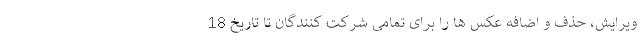
ویرایش، حذف و اضافه عکس ها را برای تمامی شرکت کنندگان تا تاریخ 18